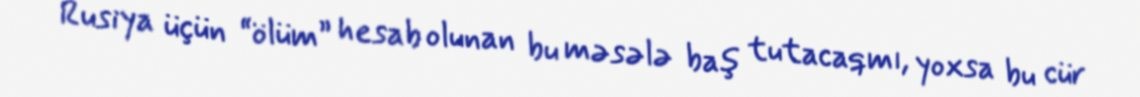
Rusiya üçün “ölüm” hesab olunan bu məsələ baş tutacaqmı, yoxsa bu cür